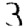
Digit: 3